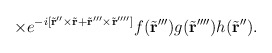
\begin{align*}\times e^{-{i} [\tilde{\bf r} '' \times\tilde{\bf r} + \tilde{\bf r} ''' \times \tilde{\bf r} '''']} f(\tilde{\bf r} ''') g(\tilde{\bf r} '''') h (\tilde{\bf r} '').\end{align*}